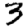
Digit: 3